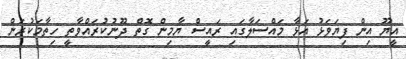
އީޔޫ އިން ފިޔަވަޅު އަޅާ މައްސަލާގައި ރައީސް ޔާމިން ގޮތް ދޫނުކުރައްވާތީ ހިތާމަކުރަން